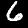
Label: 6